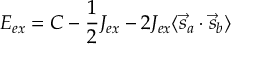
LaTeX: E _ { e x } = C - { \frac { 1 } { 2 } } J _ { e x } - 2 J _ { e x } \langle { \vec { s } } _ { a } \cdot { \vec { s } } _ { b } \rangle